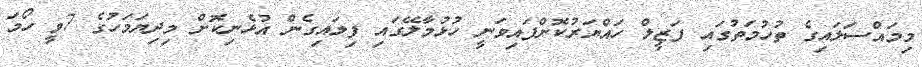
މިމައްސަލައިގެ ތުހުމަތުގައި ފަޒީލް ހައްޔަރުކޮށްފައިވަނީ ހުޅުމާލޭގައި ފިލައިގެން އުޅެނިކޮށް މިދިޔަމަހުގެ 7ވީ ހޯމަ